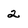
Character: 2